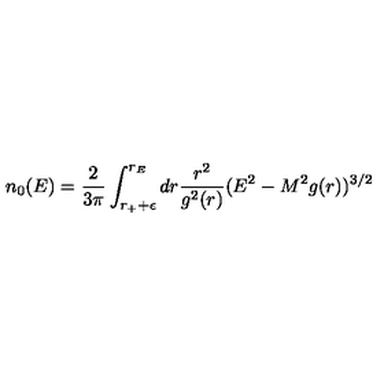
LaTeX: n _ { 0 } ( E ) = { \frac { 2 } { 3 \pi } } \int _ { r _ { + } + \epsilon } ^ { r _ { E } } d r { \frac { r ^ { 2 } } { g ^ { 2 } ( r ) } } ( E ^ { 2 } - M ^ { 2 } g ( r ) ) ^ { 3 / 2 }